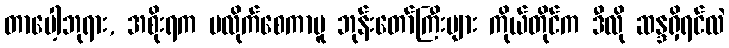
တာပေါ့ဘုရား, အစိုးရက မလိုက်စေကာမူ ဘုန်းတော်ကြီးများ ကိုယ်တိုင်က ဒီလို ဆန္ဒရှိရင်လဲ